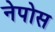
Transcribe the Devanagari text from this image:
नेपोस